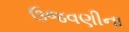
ઉજવણીના